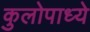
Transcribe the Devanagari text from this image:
कुलोपाध्ये